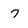
Character: 7